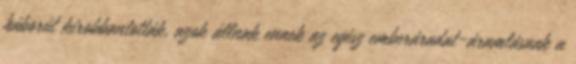
háborút kirobbantották, azok állnak ennek az egész emberáradat-áramlásnak a